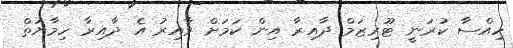
ހިއްސާ ކުރަނީ ޓޫރިޒަމް ދާއިރާ އިން ކަމަށް ވާއިރު އެ ދާއިރާ ހިމާޔަތް